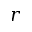
r